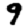
Digit: 9